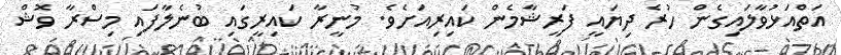
އަތްއަޅުވާލައިގެން ހުރެ ދިޔައީ ފަރީޝާމެން ކައިރިއަށެވެ. މުނީރާ ކައިރީގައި ބުނެލާފައި މިސްރާ ވޮޝް